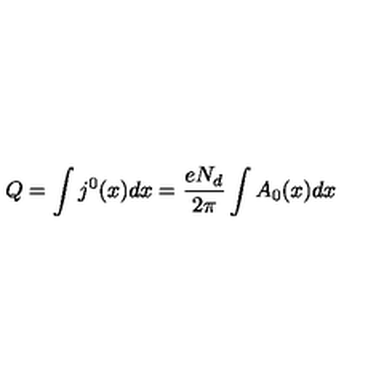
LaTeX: Q = \int j ^ { 0 } ( x ) d x = \frac { e N _ { d } } { 2 \pi } \int A _ { 0 } ( x ) d x